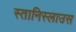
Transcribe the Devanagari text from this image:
स्तानिस्लाउस